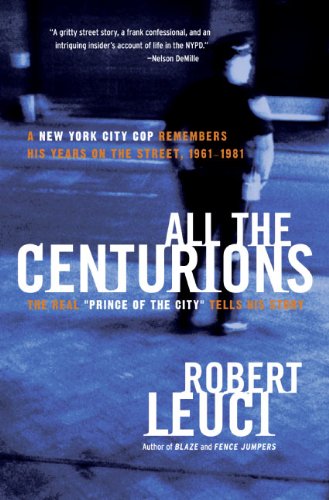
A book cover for All the Centurions: A New York City Cop Remembers His Years on the Street, 1961-1981; Robert Leuci; Biographies & Memoirs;